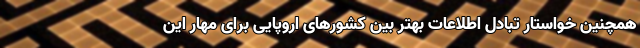
همچنین خواستار تبادل اطلاعات بهتر بین کشورهای اروپایی برای مهار این